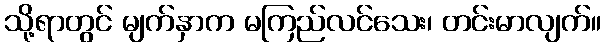
သို့ရာတွင် မျက်နှာက မကြည်လင်သေး၊ တင်းမာလျက်။